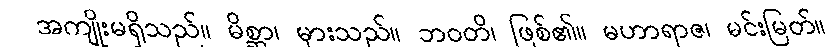
အကျိုးမရှိသည်။ မိစ္ဆာ၊ မှားသည်။ ဘဝတိ၊ ဖြစ်၏။ မဟာရာဇ၊ မင်းမြတ်။